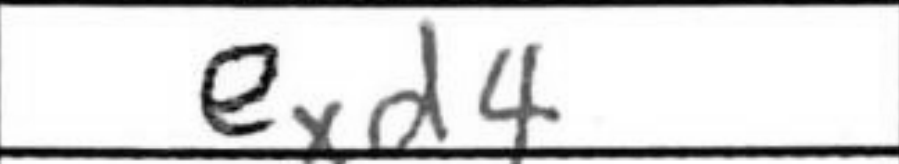
Transcription: exd4